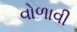
વોળાવી